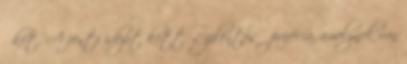
őket. A fenti idézet kettős jelentésű prófécia, amelynek van